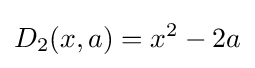
D_{2}(x,a)=x^{2}-2a